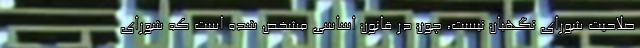
صلاحیت شورای نگهبان نیست، چون در قانون اساسی مشخص شده است که شورای